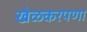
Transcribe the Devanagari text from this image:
खेळकरपणा